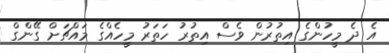
އެ ދެ މީހުންގެ އިތުރުން ވެސް އިތުރު ހަތަރު މީހެއްގެ މައްޗަށް ގޭންގް